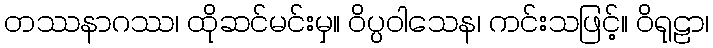
တဿနာဂဿ၊ ထိုဆင်မင်းမှ။ ဝိပ္ပဝါသေန၊ ကင်းသဖြင့်။ ဝိရုဠာ၊